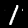
Digit: 1